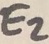
Text: EZ